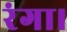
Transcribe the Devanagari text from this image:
रंगा।